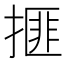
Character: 𰔒